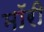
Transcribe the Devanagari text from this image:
मॉरी